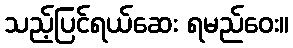
သည့်ပြင်ရယ်ဆေး ရမည်ဝေး။